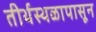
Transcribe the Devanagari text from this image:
तीर्थस्थळापासून